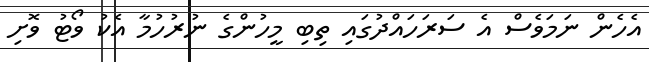
އެހެން ނަމަވެސް އެ ސަރަހައްދުގައި ތިބި މީހުންގެ ނުރުހުމާ އެކު ވޯޓު ވޮށި